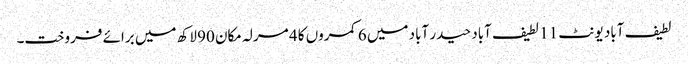
لطیف آباد یونٹ 11 لطیف آباد حیدر آباد میں 6 کمروں کا 4 مرلہ مکان 90 لاکھ میں برائے فروخت۔